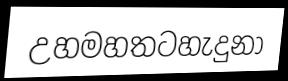
උහමහතටහැදුනා